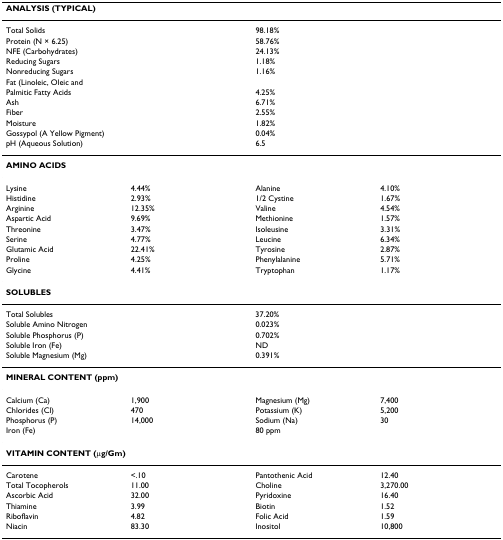
<table><thead><tr><td colspan="4"><b>ANALYSIS (TYPICAL)</b></td></tr></thead><tbody><tr><td>Total Solids</td><td></td><td>98.18%</td><td></td></tr><tr><td>Protein (N × 6.25)</td><td></td><td>58.76%</td><td></td></tr><tr><td>NFE (Carbohydrates)</td><td></td><td>24.13%</td><td></td></tr><tr><td>Reducing Sugars</td><td></td><td>1.18%</td><td></td></tr><tr><td>Nonreducing Sugars</td><td></td><td>1.16%</td><td></td></tr><tr><td>Fat (Linoleic, Oleic and</td><td></td><td></td><td></td></tr><tr><td>Palmitic Fatty Acids</td><td></td><td>4.25%</td><td></td></tr><tr><td>Ash</td><td></td><td>6.71%</td><td></td></tr><tr><td>Fiber</td><td></td><td>2.55%</td><td></td></tr><tr><td>Moisture</td><td></td><td>1.82%</td><td></td></tr><tr><td>Gossypol (A Yellow Pigment)</td><td></td><td>0.04%</td><td></td></tr><tr><td>pH (Aqueous Solution)</td><td></td><td>6.5</td><td></td></tr><tr><td colspan="4"><b>AMINO ACIDS</b></td></tr><tr><td>Lysine</td><td>4.44%</td><td>Alanine</td><td>4.10%</td></tr><tr><td>Histidine</td><td>2.93%</td><td>1/2 Cystine</td><td>1.67%</td></tr><tr><td>Arginine</td><td>12.35%</td><td>Valine</td><td>4.54%</td></tr><tr><td>Aspartic Acid</td><td>9.69%</td><td>Methionine</td><td>1.57%</td></tr><tr><td>Threonine</td><td>3.47%</td><td>Isoleusine</td><td>3.31%</td></tr><tr><td>Serine</td><td>4.77%</td><td>Leucine</td><td>6.34%</td></tr><tr><td>Glutamic Acid</td><td>22.41%</td><td>Tyrosine</td><td>2.87%</td></tr><tr><td>Proline</td><td>4.25%</td><td>Phenylalanine</td><td>5.71%</td></tr><tr><td>Glycine</td><td>4.41%</td><td>Tryptophan</td><td>1.17%</td></tr><tr><td colspan="4"><b>SOLUBLES</b></td></tr><tr><td>Total Solubles</td><td></td><td>37.20%</td><td></td></tr><tr><td>Soluble Amino Nitrogen</td><td></td><td>0.023%</td><td></td></tr><tr><td>Soluble Phosphorus (P)</td><td></td><td>0.702%</td><td></td></tr><tr><td>Soluble Iron (Fe)</td><td></td><td>ND</td><td></td></tr><tr><td>Soluble Magnesium (Mg)</td><td></td><td>0.391%</td><td></td></tr><tr><td colspan="4"><b>MINERAL CONTENT (ppm)</b></td></tr><tr><td>Calcium (Ca)</td><td>1,900</td><td>Magnesium (Mg)</td><td>7,400</td></tr><tr><td>Chlorides (Cl)</td><td>470</td><td>Potassium (K)</td><td>5,200</td></tr><tr><td>Phosphorus (P)</td><td>14,000</td><td>Sodium (Na)</td><td>30</td></tr><tr><td colspan="2">Iron (Fe)</td><td colspan="2">80 ppm</td></tr><tr><td colspan="4"><b>VITAMIN CONTENT (μg/Gm)</b></td></tr><tr><td>Carotene</td><td>&lt;.10</td><td>Pantothenic Acid</td><td>12.40</td></tr><tr><td>Total Tocopherols</td><td>11.00</td><td>Choline</td><td>3,270.00</td></tr><tr><td>Ascorbic Acid</td><td>32.00</td><td>Pyridoxine</td><td>16.40</td></tr><tr><td>Thiamine</td><td>3.99</td><td>Biotin</td><td>1.52</td></tr><tr><td>Riboflavin</td><td>4.82</td><td>Folic Acid</td><td>1.59</td></tr><tr><td>Niacin</td><td>83.30</td><td>Inositol</td><td>10,800</td></tr></tbody></table>